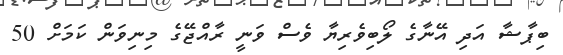
ބިޕާޝާ އަދި އޭނާގެ ލޯބިވެރިޔާ ވެސް ވަނީ ރާއްޖޭގެ މިނިވަން ކަމަށް 50